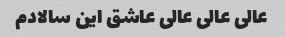
عالی عالی عالی عاشق این سالادم